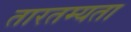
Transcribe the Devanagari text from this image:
तारतम्‍यता